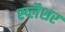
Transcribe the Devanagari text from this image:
स्प्लैशर